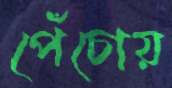
পেঁচোয়